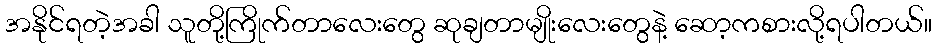
အနိုင်ရတဲ့အခါ သူတို့ကြိုက်တာလေးတွေ ဆုချတာမျိုးလေးတွေနဲ့ ဆော့ကစားလို့ရပါတယ်။